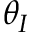
\theta _ { I }